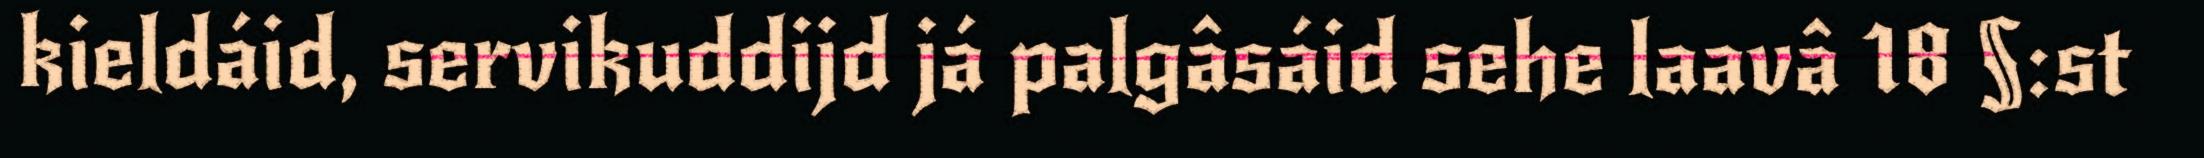
kieldáid, servikuddijd já palgâsáid sehe laavâ 18 §:st